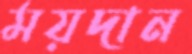
ময়দান